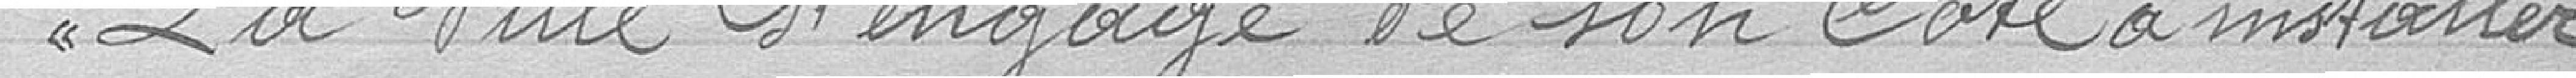
La Ville s'engage, de son côté, à installer